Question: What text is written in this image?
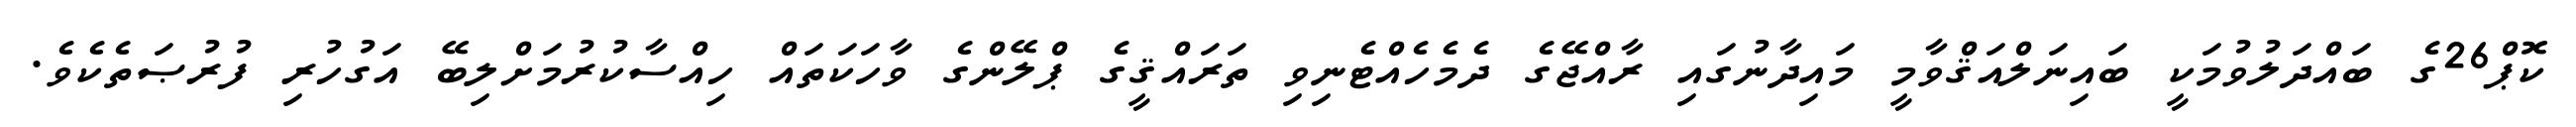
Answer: ކޮޕް26ގެ ބައްދަލުވުމަކީ ބައިނަލްއަޤްވާމީ މައިދާނުގައި ރާއްޖޭގެ ދެމެހެއްޓެނިވި ތަރައްޤީގެ ޕްލޭންގެ ވާހަކަތައް ހިއްސާކުރުމަށްލިބޭ އަގުހުރި ފުރުޞަތެކެވެ.